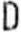
D